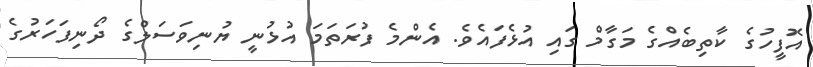
އޮފީހުގެ ކާތިބެއްގެ މަގާމް ގައި އުޅެފައެވެ. އެންމެ ފުރަތަމަ އުޅުނީ ޔުނިވަސަލްގެ ދޯނިފަހަރުގެ